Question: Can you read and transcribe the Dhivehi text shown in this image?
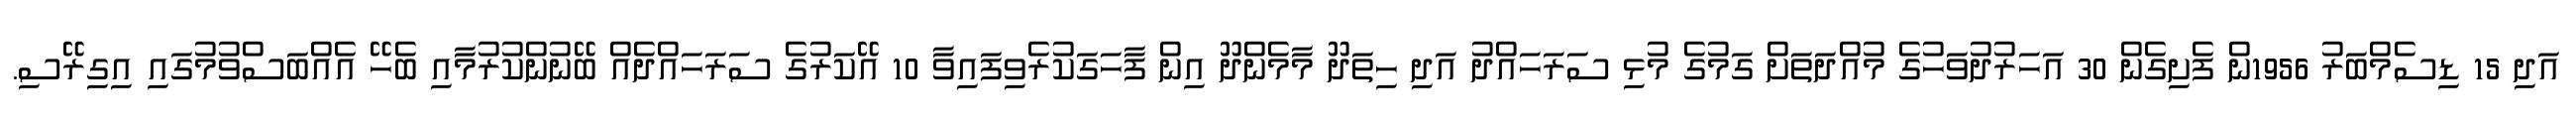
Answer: އަދި 15 ޑިސެމްބަރު 1956ން ފެށިގެން 30 އަހަރުދުވަހުގެ މުއްދަތަށް ގަމުގެ މުޅި ސަރަހައްދު އަދި ހިތަދޫ މާމެންދޫ އިން ފާހަގަކުރެވިފައިވާ 10 އޭކަރުގެ ސަރަހައްދެއް ބޭނުންކުރުމާއި ބެހޭ އެއްބަސްވުމުގައި އިގިރޭސި.